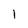
Character: l